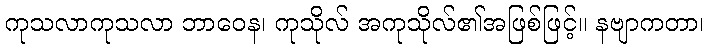
ကုသလာကုသလာ ဘာဝေန၊ ကုသိုလ် အကုသိုလ်၏အဖြစ်ဖြင့်။ နဗျာကတာ၊